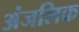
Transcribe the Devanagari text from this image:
अंजलिक